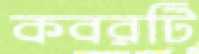
কবরটি